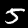
Digit: 5